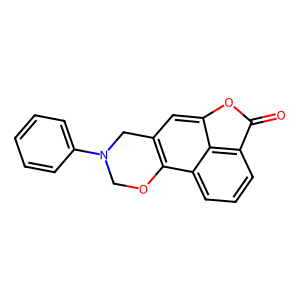
SMILES: O=C1Oc2cc3c(c4cccc1c24)OCN(c1ccccc1)C3
Inhibits HIV replication: No